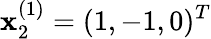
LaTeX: \mathbf{x}_{2}^{(1)}=(1,-1,0)^{T}